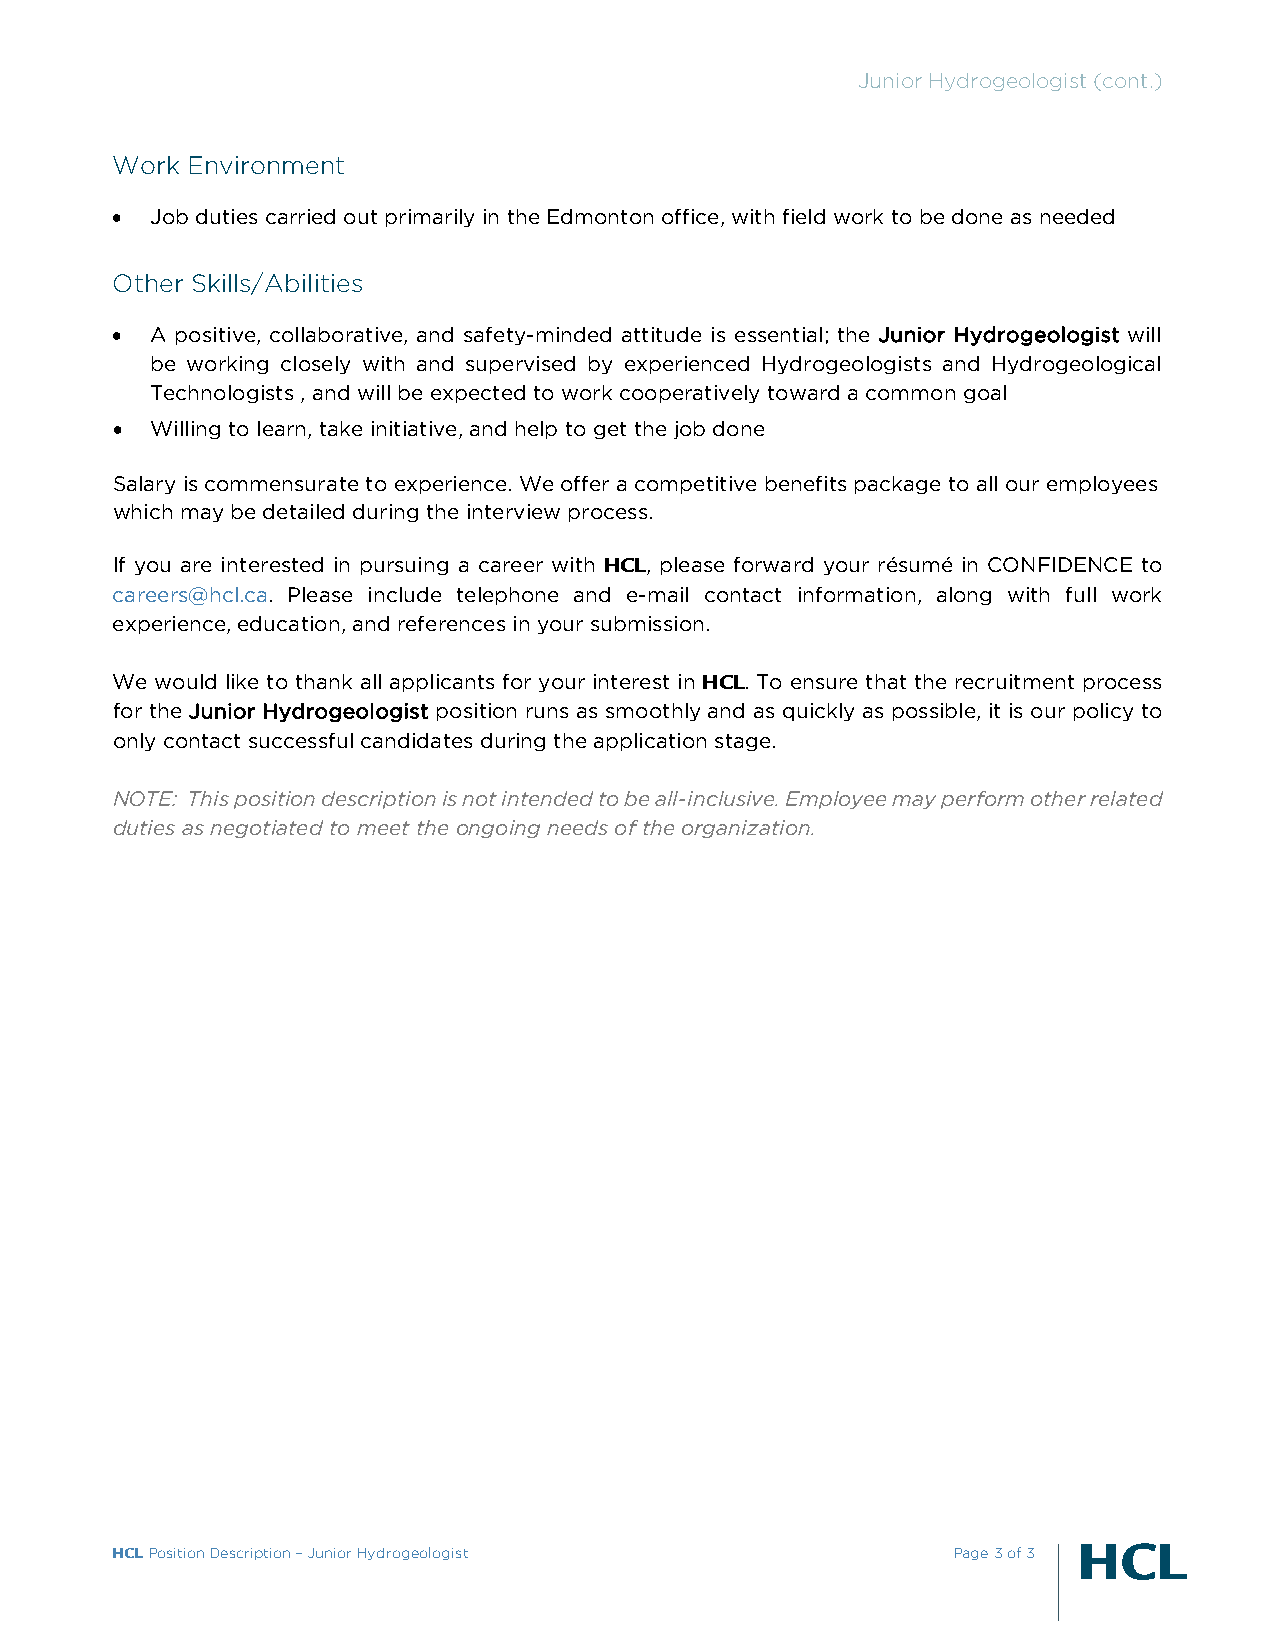
Junior Hydrogeologist (cont.)
 Work Environment
   Job duties carried out primarily in the Edmonton office, with field work to be done as needed
 Other Skills/Abilities
   A positive, collaborative, and safety-minded attitude is essential; the Junior Hydrogeologist will
 be working closely with and supervised by experienced Hydrogeologists and Hydrogeological
 Technologists , and will be expected to work cooperatively toward a common goal
   Willing to learn, take initiative, and help to get the job done
 Salary is commensurate to experience. We offer a competitive benefits package to all our employees
 which may be detailed during the interview process.
 If you are interested in pursuing a career with HCL, please forward your résumé in CONFIDENCE to
 careers@hcl.ca. Please include telephone and e-mail contact information, along with full work
 experience, education, and references in your submission.
 We would like to thank all applicants for your interest in HCL. To ensure that the recruitment process
 for the Junior Hydrogeologist position runs as smoothly and as quickly as possible, it is our policy to
 only contact successful candidates during the application stage.
 NOTE: This position description is not intended to be all-inclusive. Employee may perform other related
 duties as negotiated to meet the ongoing needs of the organization.
 HCL Position Description – Junior Hydrogeologist        Page 3 of 3